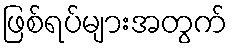
ဖြစ်ရပ်များအတွက်